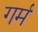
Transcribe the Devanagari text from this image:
गर्म